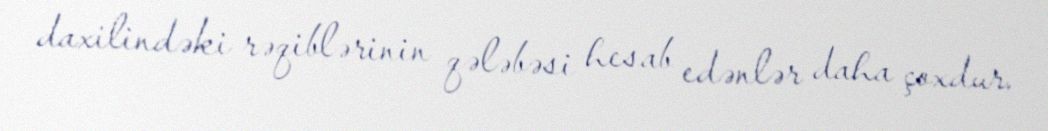
daxilindəki rəqiblərinin qələbəsi hesab edənlər daha çoxdur.